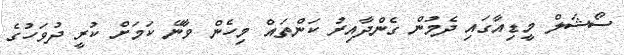
ސޯޝަލް މީޑިއާގައި ދެމުން ގެންދާއިރު ކަންތައް މިހެން ވާނޭ ކަމަށް ކުރީ ދުވަހުގެ